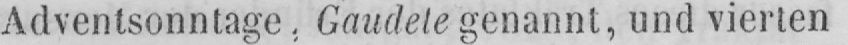
genannt, und vierten